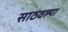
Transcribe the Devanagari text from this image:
साठवल्या